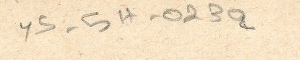
YS-5H-023a